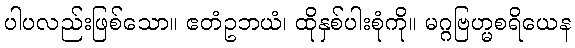
ပါပလည်းဖြစ်သော။ ဧတံဥဘယံ၊ ထိုနှစ်ပါးစုံကို။ မဂ္ဂဗြဟ္မစရိယေန